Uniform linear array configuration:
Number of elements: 8
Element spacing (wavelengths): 0.5
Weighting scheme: blackman
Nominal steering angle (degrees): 0
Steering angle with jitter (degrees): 0.2977
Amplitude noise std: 0.05
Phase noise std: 0.05

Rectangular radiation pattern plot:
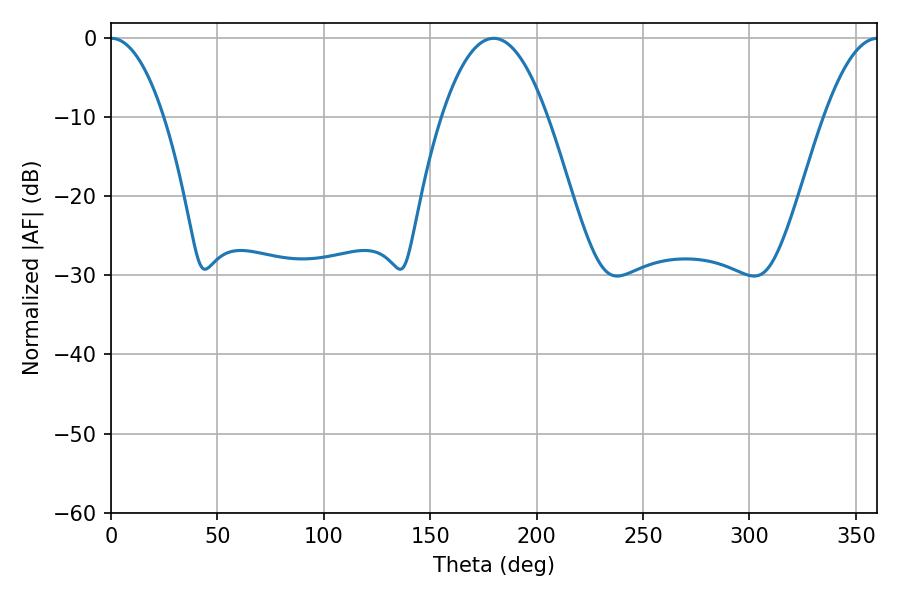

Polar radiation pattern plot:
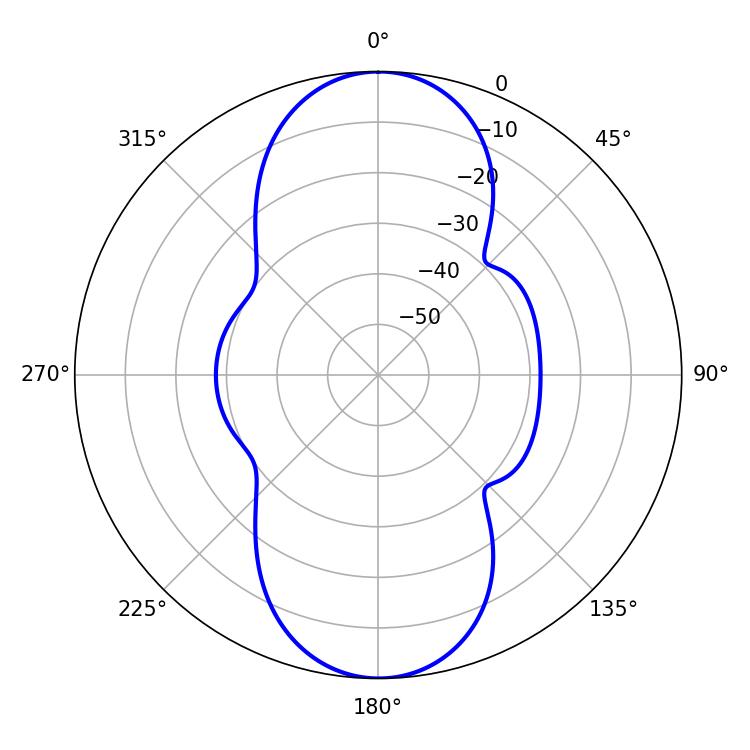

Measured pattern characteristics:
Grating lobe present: FALSE
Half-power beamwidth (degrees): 13.68
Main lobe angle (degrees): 0.18